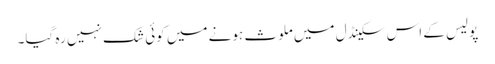
پولیس کے اس سکینڈل میں ملوث ہونے میں کوئی شک نہیں رہ گیا۔